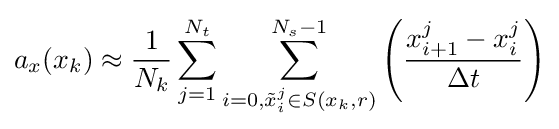
a_{x}(x_{k})\approx {\frac {1}{N_{k}}}\sum _{j=1}^{N_{t}}\sum _{i=0,{\tilde {x}}_{i}^{j}\in S(x_{k},r)}^{N_{s}-1}\left({\frac {x_{i+1}^{j}-x_{i}^{j}}{\Delta t}}\right)